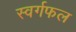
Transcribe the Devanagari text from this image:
स्वर्गफल